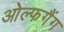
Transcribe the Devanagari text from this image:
ओल्फगैंग